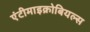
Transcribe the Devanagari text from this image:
एंटीमाइक्रोबियल्स